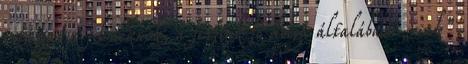
sztárjai a filmeknek, a férfiak fő dolga általában „csak”